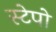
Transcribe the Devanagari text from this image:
स्टेपो